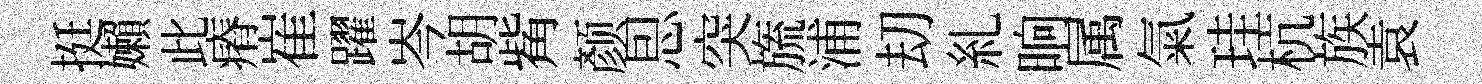
挺嬾此瘠崔躍岑胡觜颜㤙突旒浦刧糺晌属氣珪杭族袁